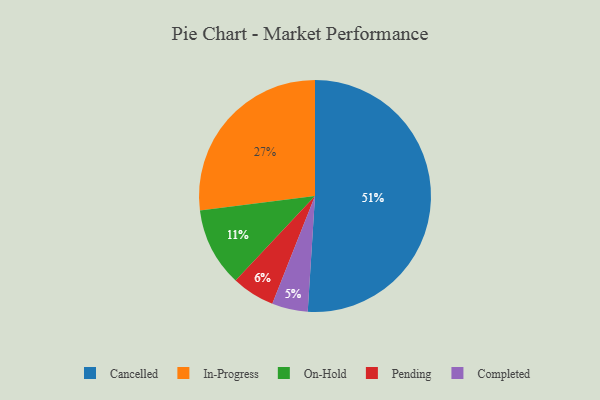
{"axis": {"x": "Category", "y": "Percentage"}, "legend": ["Cancelled", "Completed", "In-Progress", "On-Hold", "Pending"], "data": [{"x": "Completed", "y": 5, "type": "Completed"}, {"x": "In-Progress", "y": 27, "type": "In-Progress"}, {"x": "Cancelled", "y": 51, "type": "Cancelled"}, {"x": "On-Hold", "y": 11, "type": "On-Hold"}, {"x": "Pending", "y": 6, "type": "Pending"}]}